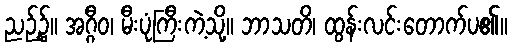
ညဉ့်၌။ အဂ္ဂီဝ၊ မီးပုံကြီးကဲ့သို့။ ဘာသတိ၊ ထွန်းလင်းတောက်ပ၏။